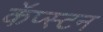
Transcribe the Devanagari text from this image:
कॅप्स्टन